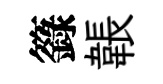
籙韔